Report on vaccination in Madras 1877-1894 - 1877-1894
Year: 1877
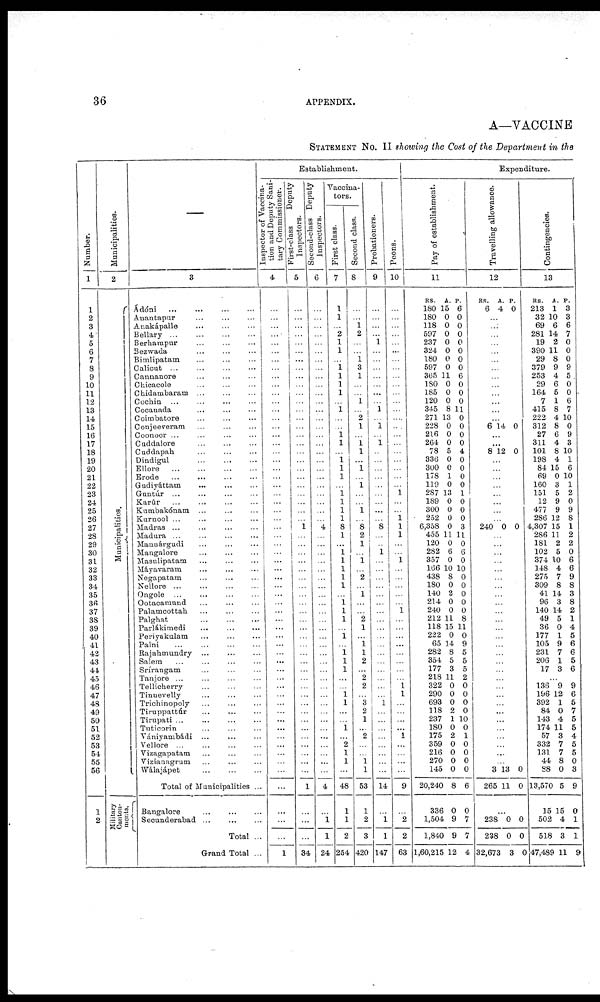
36
APPENDIX.
A—VACCINE
STATEMENT NO. II showing the Cost of the Department in the
Number.
1
1
2
3
4
5
6
7
8
9
10
11
12
13
14
15
16
17
18
19
20
21
22
23
24
25
26
27
28
29
30
31
32
33
34
35
36
37
38
39
40
41
42
43
44
45
46
47
48
49
50
51
52
53
54
55
56
1
2
Municipalities.
2
Municipalities.
Military
Canton¬
ments
3
Ádóni ... ... ... ...
Anantapur
... ... ...
Anakápalle ... ... ...
Bellary ...
...
...
...
Berhampur ... ... ...
Bezwada ... ... ...
Bimlipatam ... ... ...
Calicut ... ... ... ...
Cannanore ... ... ...
Chicacole
...
...
...
Chidambaram ... ... ...
Cochin ... ... ... ...
Cocanada ... ... ...
Coimbatore ... ... ...
Conjeeveram ... ... ...
Coonoor ... ... ... ...
Cuddalore
...
...
...
Cuddapah ... ... ...
Dindigul
...
...
...
Bllore
...
...
...
...
Erode
...
...
...
...
Gudiyáttam
...
...
...
Guntúr ...
...
...
...
Karúr
...
...
...
...
Kumbakónam ... ... ...
Kurnool ...
... ... ...
Madras ... ... ... ...
Madura ... ... ... ...
Manuárgudi ... ... ...
Mangalore ... ... ...
Masulipatam
...
...
...
Máyavaram ... ... ...
Negapatam ... ... ...
Nellore ...
...
...
...
Ongole ... ... ... ...
Ootacamund ... ... ...
Palamcottah ... ... ...
Palghat ... ... ...
Parlàkimedi
... ... ... ...
Periyakulam ... ... ...
Palni
...
...
...
...
Rajahmundry ... ... ...
Salem ... ... ... ...
Srírangam ... ... ...
Tanjore ...
...
...
...
Tellicherry ... ... ...
Tinnevelly ... ... ...
Trichinopoly ... ... ...
Tiruppattúr
...
...
...
Tirupati ... ... ... ...
Tuticorin ... ... ...
Vániyambádi ... ... ...
Vellore ... ... ... ...
Vizagapatam ... ... ...
Vizianagrum ... ... ...
Wálajápet ... ... ...
Total of Municipalities ...
Bangalore
...
...
...
Secunderabad
...
...
...
Total ...
Grand Total ...
Establishment.
Inspector of Vaccina-
tion and Deputy Sani-
tary Commissioner.
4
...
...
...
...
...
...
...
...
...
...
...
...
...
...
...
...
...
...
...
...
...
...
...
...
...
...
...
...
...
...
...
...
...
...
...
...
...
...
...
...
...
...
...
...
...
...
...
...
...
...
...
...
...
...
...
...
...
...
...
...
1
First-class
Deputy
Inspectors.
5
...
...
...
...
...
...
...
...
...
...
...
...
...
...
...
...
...
...
...
...
...
...
...
...
...
...
1
...
...
...
...
...
...
...
...
...
...
...
...
...
...
...
...
...
...
...
...
...
...
...
...
...
...
...
...
...
1
...
...
...
34
Second-class Deputy
Inspectors.
6
...
...
...
...
...
...
...
...
...
...
...
...
...
...
...
...
...
...
...
...
...
...
...
...
...
...
4
...
...
...
...
...
...
...
...
...
...
...
...
...
...
...
...
...
...
...
...
...
...
...
...
...
...
...
...
...
4
...
1
1
24
Vaccina¬
tors.
First class.
7
1
1
...
2
1
1
...
1
1
1
1
...
1
...
...
1 1
...
1 1
1
...
1 1
1
1
8
1
...
1 1
1
1
1
...
1 1
1
...
1
...
1 1
1
...
...
1 1
...
...
1
...
2
1
1
...
48
1
1
2
254
Second class.
8
...
...
1
2
...
...
1
3
1
...
...
1
...
2
1
...
1 1
...
1
...
1
...
...
1
...
8
2
1
...
1
...
2
...
1
...
...
2
1
...
1 1
2
...
2
2
...
3
2
1
...
2
...
...
1 1
53
1
2
3
420
Probationers.
9
...
...
...
...
1
...
...
...
...
...
...
...
1
...
1
...
1
...
...
...
...
...
...
...
...
...
8
...
...
1
1
...
...
...
...
...
...
...
...
...
...
...
...
...
...
...
...
1
...
...
...
...
...
...
...
...
14
...
1
1
147
Peons.
10
...
...
...
...
...
...
...
...
...
...
...
...
...
...
...
...
...
...
...
...
...
...
1
...
...
1
1
1
...
...
1
...
...
...
...
...
1
...
...
...
...
...
...
...
...
1
1
...
...
...
...
1
...
...
...
...
9
...
2
2
63
Expenditure.
Pay of establishment.
11
RS.
180
180
118
597
237
324
180
597
365
180
185
120
345
271
228
216
264
78
336
300
178
119
287
189
300
252
6,358
455
120
282
357
166
438
180
140
214
240
212
118
222
65
282
354
177
218
322
290
693
118
237
180
175
359
216
270
145
20,240
336
1,504
1,840
1,60,215
A.
15
0
0
0
0
0
0
0
11
0
0
0
8
13
0
0
0
5
0
0
1
0
13
0
0
0
0
11
0
6
0
10
8
0
2
0
0
11
15
0
14
8
5
3
11
0
0
0
2
1
0
2
0
0
0
0
8
0
9
9
12
P.
6
0
0
0
0
0
0
0
6
0
0
0
11
0
0
0
0
4
0
0
0
0
1
0
0
0
3
11
0
6
0
10
0
0
0
0
0
8
11
0
9
5
5
5
2
0
0
0
0
10
0
1
0
0
0
0
6
0
7
7
4
Travelling allowance.
12
RS.
6
...
...
...
...
...
...
...
...
...
...
...
...
...
6
A.
4
...
...
...
...
...
...
...
...
...
...
...
...
...
14
P.
0
...
...
...
...
...
...
...
...
...
...
...
...
...
0
...
...
8 12 0
...
...
...
...
...
...
...
...
240 0 0
...
...
...
...
...
...
...
...
...
...
...
...
...
...
...
...
...
...
...
...
...
...
...
...
...
...
...
...
3
265
13
11
0
0
...
238
238
32,673
0
0
3
0
0
0
Contingencies.
13
RS.
213
32
69
281
19
390
29
379
253
29
164
7
415
222
312
27
311
101
198
84
69
160
151
12
477
286
4,307
286
181
102
374
148
275
309
41
96
140
49
36
177
105
231
206
17
...
136
196
392
84
143
174
57
332
131
44
88
13,570
15
502
518
47,489
A.
1
10
6
14
2
11
8
9
4
6
5
1
8
4
8
6
4
8
4
15
0
3
5
9
9
12
15
11
2
5
10
4
7
8
14
3
14
5
0
1
9
7
1
3
...
9
12
1
0
4
11
3
7
7
8
0
5
15
4
3
11
P.
3
3
6
7
0
0
0
9
5
0
0
6
7
10
0
9
3
10
1
6
10
1
2
0
9
8
1
2
2
0
6
6
9
8
3
8
2
1
4
5
6
6
5
6
...
9
6
5
7
5
5
4
5
5
0
3
9
0
1
1
9